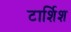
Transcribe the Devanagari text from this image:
टार्शिश